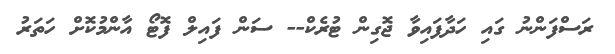
ރަސްފަންނު ގައި ހަދާފައިވާ ޖޮގިން ޓުރެކް-- ސަން ފައިލް ފޮޓޯ އާންމުކޮށް ހަތަރު